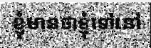
ខ្ញុំមានថាខ្ញុំទៅនៅ